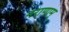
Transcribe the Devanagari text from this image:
नराणाम्